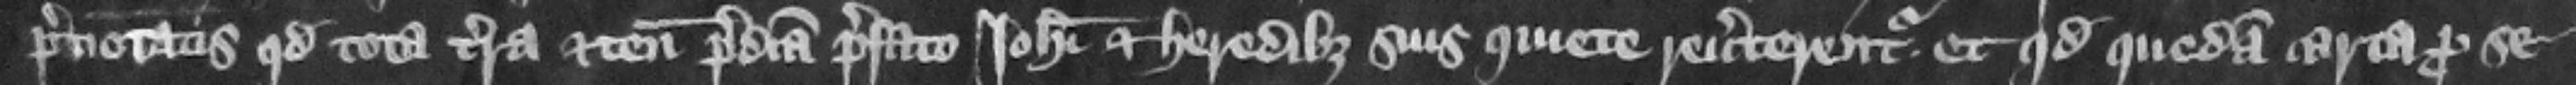
prenotatis quod tota terra et tenementa predicta prefato Iohanni et heredibus suis quiete reuerterentur et quod quedam carta pro se